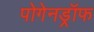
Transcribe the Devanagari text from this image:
पोगेनड्रॉफ